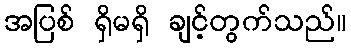
အပြစ် ရှိမရှိ ချင့်တွက်သည်။